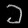
Digit: ၁